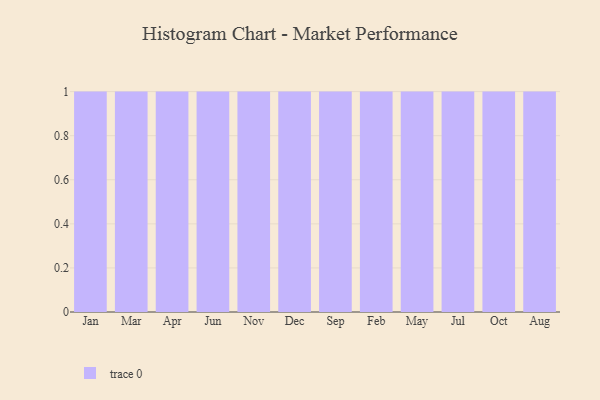
{"axis": {"x": "Month", "y": "Demand Index"}, "legend": [""], "data": [{"x": "Jan", "y": 40, "type": ""}, {"x": "Mar", "y": 61, "type": ""}, {"x": "Apr", "y": 55, "type": ""}, {"x": "Jun", "y": 82, "type": ""}, {"x": "Nov", "y": 36, "type": ""}, {"x": "Dec", "y": 71, "type": ""}, {"x": "Sep", "y": 13, "type": ""}, {"x": "Feb", "y": 1, "type": ""}, {"x": "May", "y": 47, "type": ""}, {"x": "Jul", "y": 63, "type": ""}, {"x": "Oct", "y": 43, "type": ""}, {"x": "Aug", "y": 34, "type": ""}]}